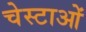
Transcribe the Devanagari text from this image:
चेस्टाओं